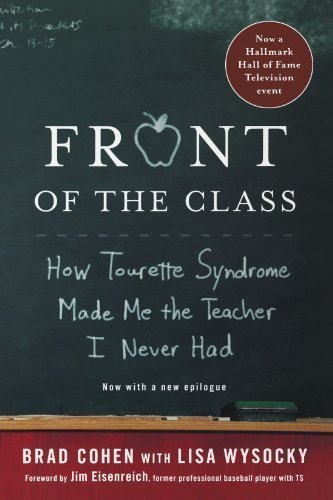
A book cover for Front of the Class: How Tourette Syndrome Made Me the Teacher I Never Had by Cohen, Brad, Wysocky, Lisa published by St. Martin's Griffin (2008); Health, Fitness & Dieting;